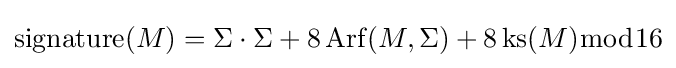
\operatorname {signature} (M)=\Sigma \cdot \Sigma +8\operatorname {Arf} (M,\Sigma )+8\operatorname {ks} (M){\bmod {1}}6